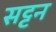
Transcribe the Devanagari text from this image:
सट्टन